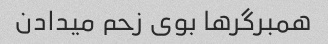
همبرگرها بوی زحم میدادن